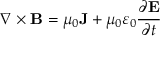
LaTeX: \nabla \times \mathbf { B } = \mu _ { 0 } \mathbf { J } + \mu _ { 0 } \varepsilon _ { 0 } { \frac { \partial \mathbf { E } } { \partial t } }